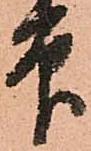
印